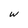
Character: w